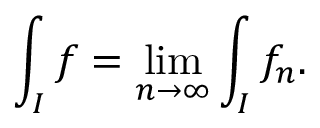
\int _ { I } f = \operatorname* { l i m } _ { n \to \infty } \int _ { I } f _ { n } .